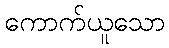
ကောက်ယူသော